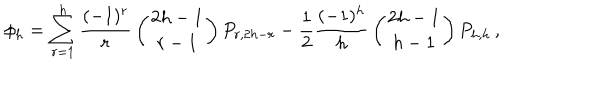
LaTeX: \phi _ { h } = \sum _ { r = 1 } ^ { h } { \frac { ( - 1 ) ^ { r } } { r } } \left( { 2 h - 1 \atop r - 1 } \right) P _ { r , 2 h - r } - { \frac { 1 } { 2 } } { \frac { ( - 1 ) ^ { h } } { h } } \left( { 2 h - 1 \atop h - 1 } \right) P _ { h , h } \, ,